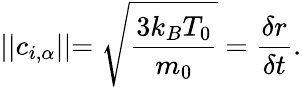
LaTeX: \lvert\lvert c_{i,\alpha}\lvert\lvert=\sqrt{\frac{3k_{B}T_{0}}{m_{0}}}=\frac{\delta r}{\delta t}.